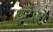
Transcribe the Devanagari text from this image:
इटोरो